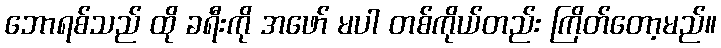
ဘောရစ်သည် ထို ခရီးကို အဖော် မပါ တစ်ကိုယ်တည်း ကြိတ်တော့မည်။